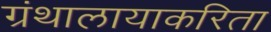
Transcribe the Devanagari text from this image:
ग्रंथालायाकरिता